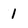
Character: 1